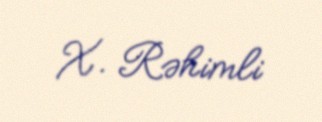
X. Rəhimli